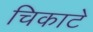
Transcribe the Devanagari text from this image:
चिकाटे